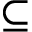
\subseteq